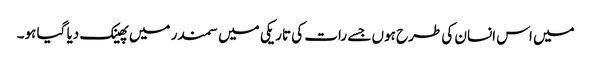
میں اس انسان کی طرح ہوں جسے رات کی تاریکی میں سمندر میں پھینک دیا گیا ہو۔